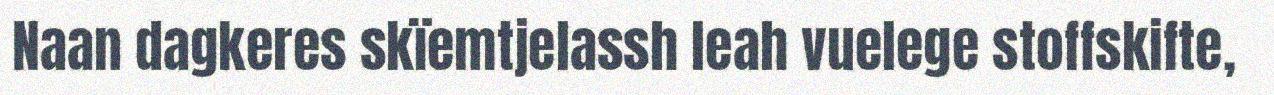
Naan dagkeres skïemtjelassh leah vuelege stoffskifte,